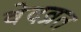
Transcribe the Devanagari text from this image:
वेदव्रत